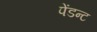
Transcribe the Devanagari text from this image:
पेंडन्ट